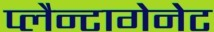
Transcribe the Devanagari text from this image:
प्लैन्टागेनेट